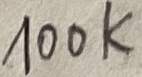
Text: 100K